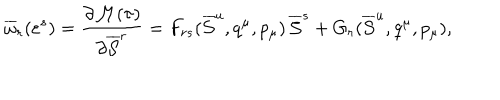
LaTeX: \overline { { { \omega } } } _ { r } ( \varepsilon ^ { s } ) = { \frac { \partial { \cal M } ( \tau ) } { \partial \overline { { { \cal S } } } ^ { r } } } = F _ { r s } ( \overline { { { \cal S } } } ^ { u } , q ^ { \mu } , p _ { \mu } ) \, \overline { { { \cal S } } } ^ { s } + G _ { r } ( \overline { { { \cal S } } } ^ { u } , q ^ { \mu } , p _ { \mu } ) ,